Report on the lunatic asylums under the Government of Bombay - 1904-1913
Year: 1904
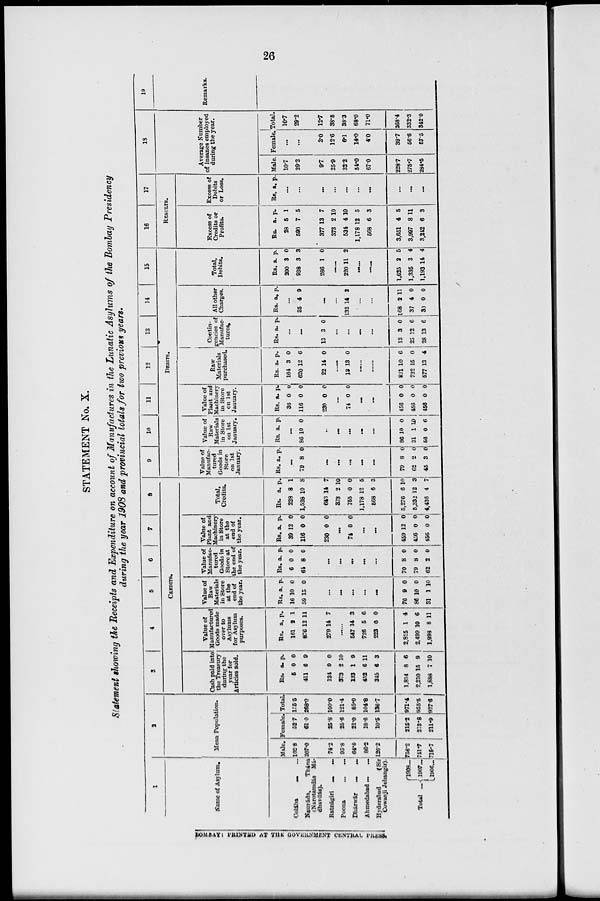
26
STATEMENT No. X.
Statement showing the Receipts and Expenditure on account of Manufactures in the Lunatic Asylums of the Bombay Presidency
during the year 1908 and provincial totals for two previous years.
1
Name of Asylum.
Colába ... ...
Naupáda,
Thána
(Narotamdás Má-
dhavdás).
Ratnágiri ... ...
Poona
... ...
Dhárwár ... ...
Ahmedabad ... ...
Hyderábad
(Sir
Cowasji Jehangir).
Total ...
1908 ...
1907 ...
1906 ...
2
Mean Population.
Male.
102.8
207.0
74.2
95.8
64.0
86.2
126.2
756.2
741.7
715.7
Female.
52.7
61.0
25.8
25.6
21.0
18.6
10.5
215.2
213.8
211.9
Total.
155.6
268.0
100.0
121.4
85.0
104.8
136.7
971.4
955.5
927.6
3
4
5
6
7 8
CREDITS.
Cash paid into
the Treasury
during the
year for
Articles sold.
Rs.
5
411
134
373
133
452
315
1,854
2,210
1,888
a.
0
6
0
2
1
6
6
8
15
7
p.
0
9
0
10
9
11
3
6
9
10
Value of
Manufactured
Goods made
over to
Asylums
for Asylum
purposes.
Rs.
161
876
279
a.
2
12
14
p.
1
11
7
......
547
726
223
2,815
2,499
1,998
14
5
0
1
10
8
3
6
0
4
6
11
Value of
Raw
Materials
in Store
at the
end of
the year.
Rs.
16
59
a.
10
15
p.
0
0
...
...
...
...
...
76
86
31
9
10
1
0
0
10
Value of
Manufac-
tured
Goods in
Store at
the end of
the year.
Rs.
6
64
a.
0
8
p.
0
0
...
...
...
...
...
70
79
62
8
8
2
0
0
0
Value of
Plant and
Machinery
in Store
at the
end of
the year.
Rs.
39
116
230
a.
12
0
0
p.
0
0
0
...
74 0 0
...
...
459
456
456
12
0
0
0
0
0
Total,
Credits.
Rs.
228
1,528
643
373
755
1,178
568
5,276
5,332
4,436
a.
8
10
14
2
0
12
6
6
12
4
p.
1
8
7
10
0
5
3
10
3
7
9
10
11
12
13
14
15
DEBITS.
Value of
Manufac-
tured
Goods in
Store
on 1st
January.
Rs. a. p.
...
79 8 0
...
...
...
...
...
79
62
45
8
2
3
0
0
0
Value of
Raw
Materials
in Store
on 1st
January.
Rs . a. p.
...
86 10 0
...
...
...
...
...
86
31
56
10
1
0
0
10
6
Value of
Plant and
Machinery
in Store
on 1st
January.
Rs.
36
116
230
a.
0
0
0
p.
0
0
0
...
74 0 0
...
...
456
456
456
0
0
0
0
0
0
Raw
Materials
purchased.
Rs.
164
620
22
a.
3
12
14
p.
0
6
0
......
13 13 0
......
......
821
722
577
10
15
13
6
0
4
Contin-
gencies of
Manufac-
tures.
Rs. a. p.
...
...
13 3 0
...
...
...
...
13
25
28
3
12
13
0
6
6
All other
Charges.
Rs. a. p.
...
35 4 9
...
...
132 14 2
...
...
168
37
30
2
4
0
11
0
0
Total,
Debits.
Rs.
200
938
266
a.
3
3
1
p.
0
3
0
......
220 11 2
......
......
1,625
1,335
1,193
2
3
14
5
4
4
16
17
RESULTS.
Excess of
Credits or
Profits.
Rs.
28
590
377
373
534
1,178
568
3,651
3,997
3,242
a.
5
7
13
2
4
12
6
4
8
6
p.
1
5
7
10
10
5
3
6
11
3
Excess of
Debits
or Loss.
Rs. a. p.
...
...
...
...
...
...
...
...
...
...
18
Average Number
of Insanes employed
during the year.
Male.
10.7
29.2
9.7
25.9
32.2
64.0
67.0
228.7
275.7
284.5
Female.
...
...
3.0
12.6
6.1
14.0
4.0
39.7
56.6
57.5
Total.
10.7
29.2
12.7
38.5
38.3
68.0
71.0
268.4
332.3
342.0
19
Remarks.
BOMBAY PRINTED AT THE GOVERNMENT CENTRAL PRESS.